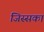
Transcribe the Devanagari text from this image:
जिस्सका